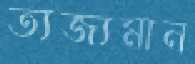
ত্যজ্যমান